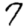
Digit: 7